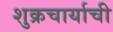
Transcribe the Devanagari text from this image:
शुक्रचार्याची